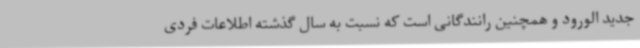
جدید الورود و همچنین رانندگانی است که نسبت به سال گذشته اطلاعات فردی